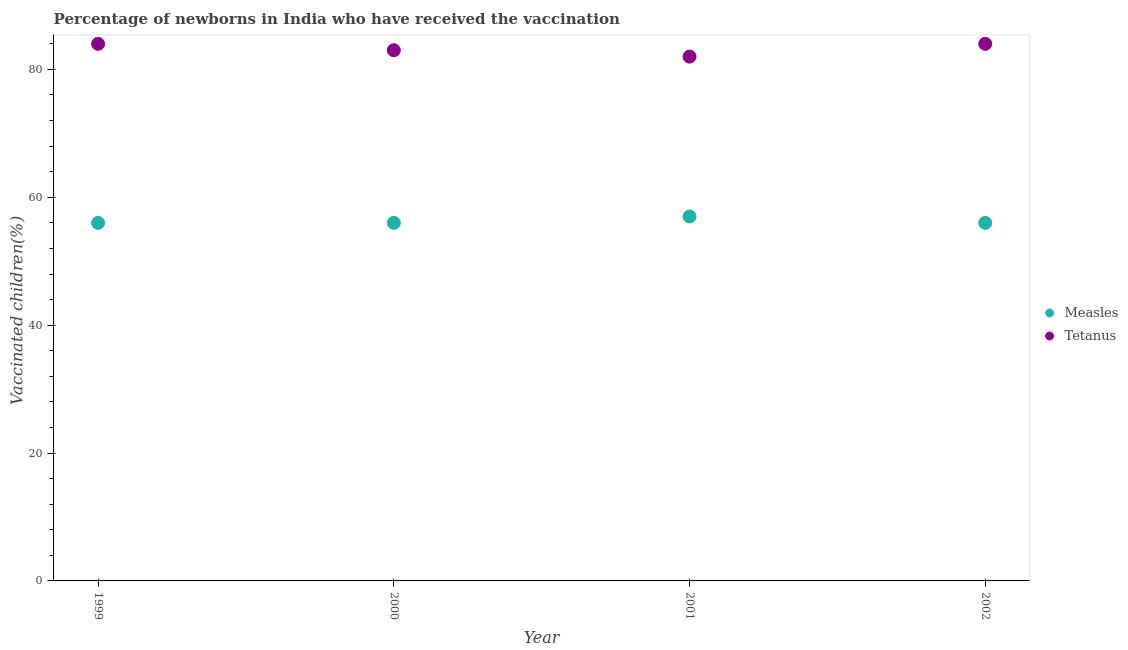
| Year | Measles | Tetanus |
 | --- | --- | --- |
 | 1999 | 56 | 84 |
 | 2000 | 56 | 83 |
 | 2001 | 57 | 82 |
 | 2002 | 56 | 84 |